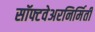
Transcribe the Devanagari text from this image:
सॉफ्टवेअरनिर्मिती